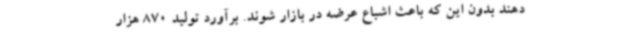
دهند بدون این که باعث اشباع عرضه در بازار شوند. برآورد تولید 870 هزار